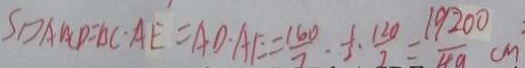
S _ { \square A B C D } = B C \cdot A E = A D \cdot A F = \frac { 1 6 0 } { 7 } \cdot \frac { 1 } { 3 } \cdot \frac { 1 2 0 } { 2 } = \frac { 1 9 2 0 0 } { 4 9 } c m